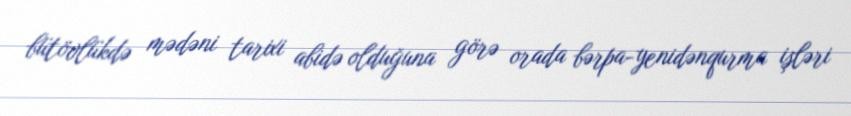
bütövlükdə mədəni tarixi abidə olduğuna görə orada bərpa-yenidənqurma işləri